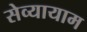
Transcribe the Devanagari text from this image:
सेव्यायाम